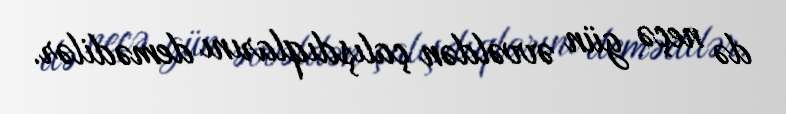
də neçə gün əvvəldən çalışdıqlarını demədilər.